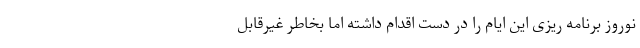
نوروز برنامه­ ریزی این ایام را در دست اقدام داشته اما بخاطر غیرقابل